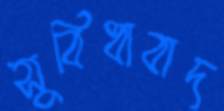
সুবিধাবাদ